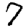
Digit: 7